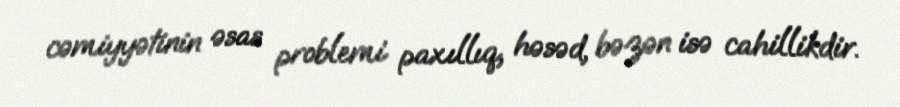
cəmiyyətinin əsas problemi paxıllıq, həsəd, bəzən isə cahillikdir.